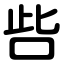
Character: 呰